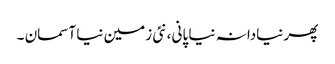
پھر نیادانہ نیا پانی ،نئی زمین نیا آسمان ۔